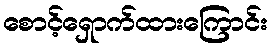
စောင့်ရှောက်ထားကြောင်း